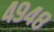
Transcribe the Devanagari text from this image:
४९४८